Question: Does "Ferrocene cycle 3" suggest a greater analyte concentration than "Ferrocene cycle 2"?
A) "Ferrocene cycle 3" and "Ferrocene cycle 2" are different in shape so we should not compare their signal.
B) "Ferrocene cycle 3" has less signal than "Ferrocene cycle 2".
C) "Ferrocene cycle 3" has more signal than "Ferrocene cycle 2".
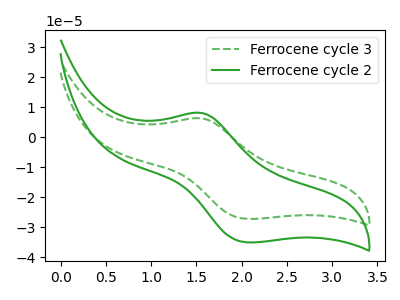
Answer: <think>The green dashed curve "Ferrocene cycle 3" has an anodic peak at (1.55V, 6.25uA) and a cathodic peak at (2.05V, -27.25uA). The green curve "Ferrocene cycle 2" has an anodic peak at (1.55V, 8.05uA) and a cathodic peak at (2.05V, -35.05uA).
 All the peaks in "Ferrocene cycle 3" have a peak in "Ferrocene cycle 2" at the same potential. Every peak in "Ferrocene cycle 3" is lower than every peak in "Ferrocene cycle 2".</think>
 <answer>B) "Ferrocene cycle 3" has less signal than "Ferrocene cycle 2".</answer>
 <eval>B</eval>